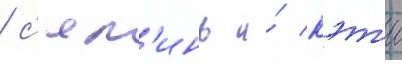
/ с'ял'инь и́ кэт'и